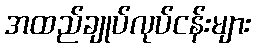
အထည်ချုပ်လုပ်ငန်းများ